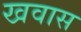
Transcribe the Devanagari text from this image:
खवास